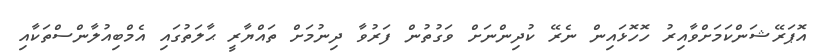
އޮޕަރޭޝަންކަމަށްވާއިރު ހޮހޮޅައިން ނެރޭ ކުދިންނަށް ވަގުތުން ފަރުވާ ދިނުމަށް ތައްޔާރީ ޙާލަތުގައި އެމްބިއުލާންސްތަކާއި